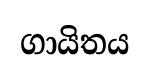
ගායිතය